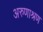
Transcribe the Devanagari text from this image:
अरुणाश्रण